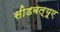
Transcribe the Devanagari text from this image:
सीडबल्यूए